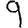
Digit: 9